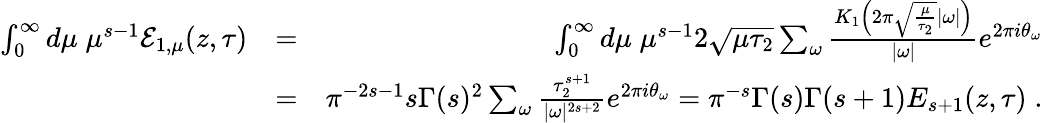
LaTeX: \begin{array}{rlr}{\int_{0}^{\infty}d\mu\; \mu^{s-1}{\mathcal E}_{1,\mu}(z,\tau)}&{=}&{\int_{0}^{\infty}d\mu\; \mu^{s-1}2\sqrt{\mu\tau_{2}}\sum_{\omega}\frac{K_{1}\left(2\pi\sqrt{\frac{\mu}{\tau_{2}}}|\omega|\right)}{|\omega|}e^{2\pi i\theta_{\omega}}}\\ &{=}&{\pi^{-2s-1}s\Gamma(s)^{2}\sum_{\omega}{\frac{\tau_{2}^{s+1}}{|\omega|^{2s+2}}}e^{2\pi i\theta_{\omega}}=\pi^{-s}\Gamma(s)\Gamma(s+1)E_{s+1}(z,\tau)\; .}\end{array}